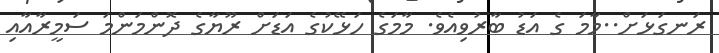
ރަނގަޅަށް..މާމަ ގެ އަޑު ބާރުވިއެވެ. މާމަގެ ހަޅޭކުގެ އަޑަށް ރޫޔާގެ ދޮންމަންމަ ސަމީރާއާއި